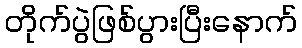
တိုက်ပွဲဖြစ်ပွားပြီးနောက်